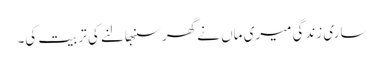
ساری زندگی میری ماں نے گھر سنبھالنے کی تربیت کی۔